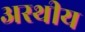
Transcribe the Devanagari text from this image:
अस्थीय